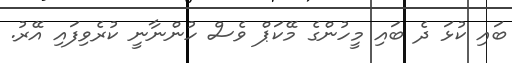
ބައި ކުޅަ ދެ ބައި މީހުންގެ މޭކަޕް ވެސް ހުންނާނީ ކުރެވިފައި އޭރު.